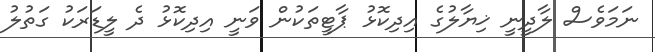
ނަމަވެސް ލާދީނީ ޚިޔާލުގެ އިދިކޮޅު ޕާޓީތަކުން ވަނީ އިދިކޮޅު ދެ ލީޑަރަކު ގަތުލު